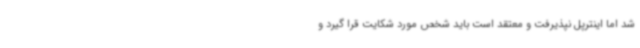
شد اما اینترپل نپذیرفت و معتقد است باید شخص مورد شکایت قرا گیرد و